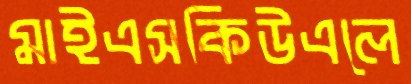
মাইএসকিউএলে